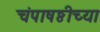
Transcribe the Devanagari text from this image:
चंपाषष्ठीच्या